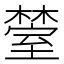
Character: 𬄰